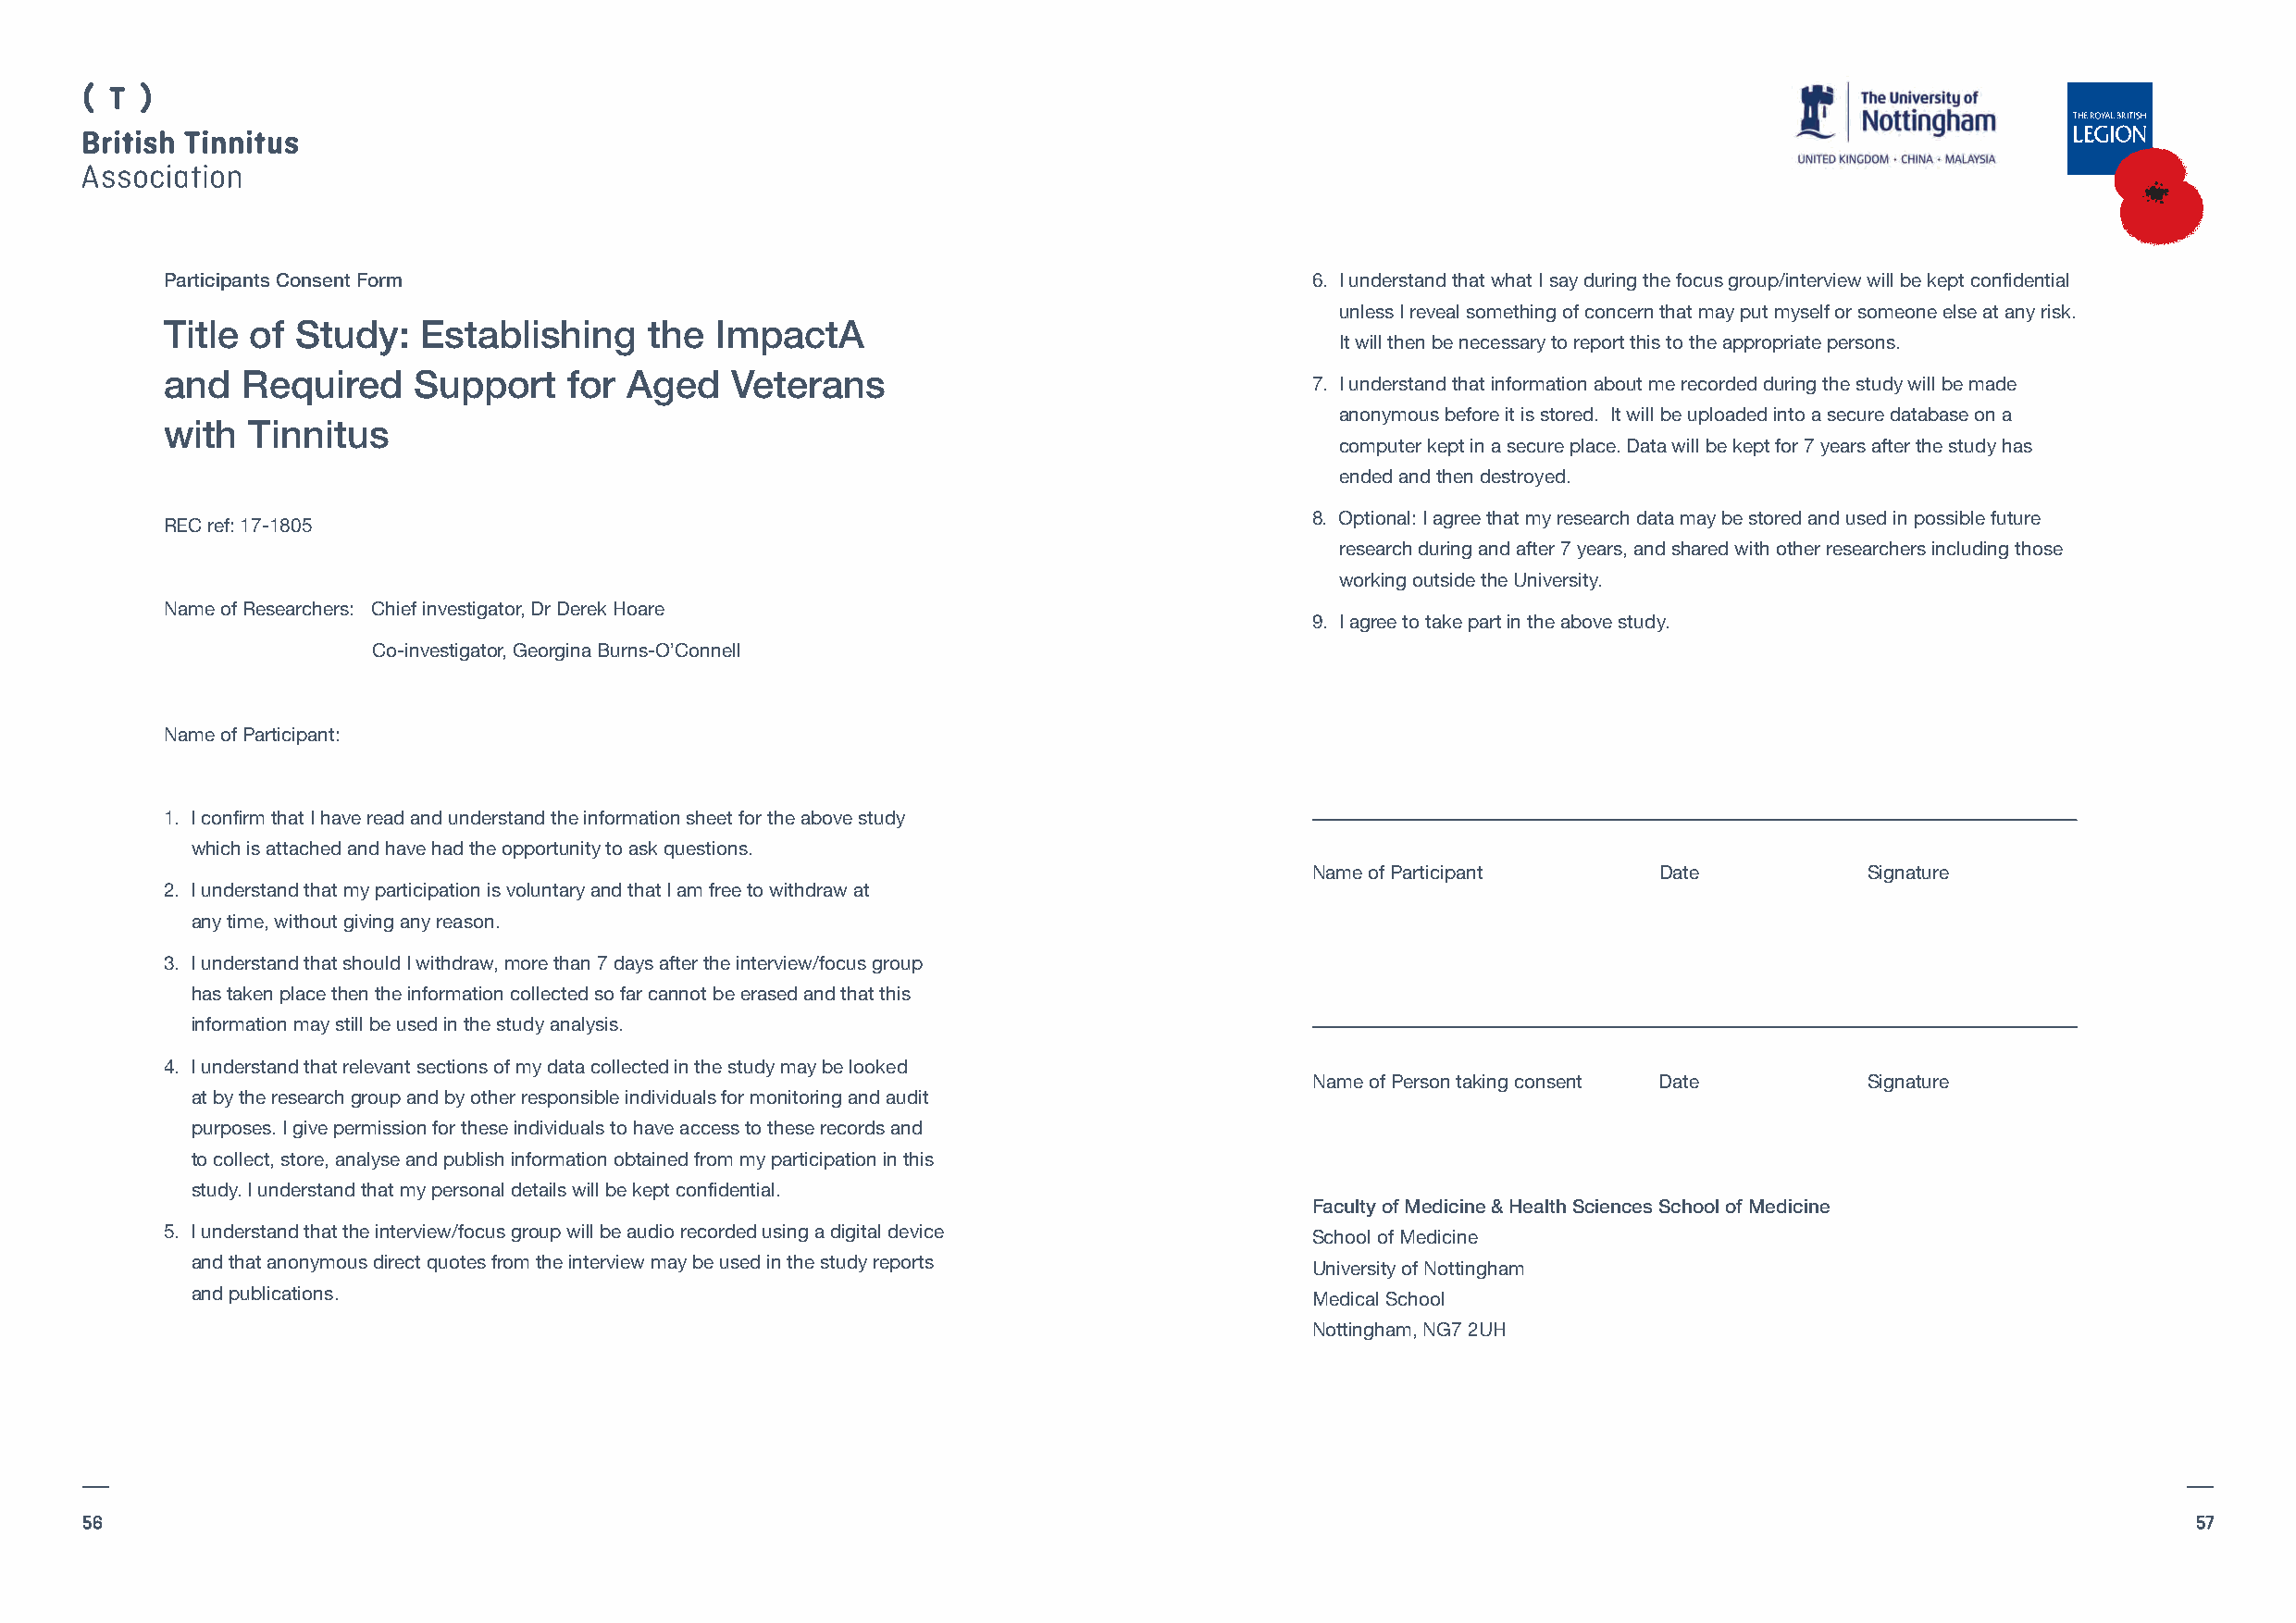
Participants Consent Form                                                         6. I understand that what I say during the focus group/interview will be kept confidential
 unless I reveal something of concern that may put myself or someone else at any risk.
 Title of Study:   Establishing    the  ImpactA
 It will then be necessary to report this to the appropriate persons.
 and  Required     Support    for Aged   Veterans
 7. I understand that information about me recorded during the study will be made
 anonymous before it is stored. It will be uploaded into a secure database on a
 with  Tinnitus
 computer kept in a secure place. Data will be kept for 7 years after the study has
 ended and then destroyed.
 8. Optional: I agree that my research data may be stored and used in possible future
 REC ref: 17-1805
 research during and after 7 years, and shared with other researchers including those
 working outside the University.
 Name of Researchers: Chief investigator, Dr Derek Hoare
 9. I agree to take part in the above study.
 Co-investigator, Georgina Burns-O’Connell
 Name of Participant:
 1. I confirm that I have read and understand the information sheet for the above study
 which is attached and have had the opportunity to ask questions.
 Name of Participant      Date           Signature
 2. I understand that my participation is voluntary and that I am free to withdraw at
 any time, without giving any reason.
 3. I understand that should I withdraw, more than 7 days after the interview/focus group
 has taken place then the information collected so far cannot be erased and that this
 information may still be used in the study analysis.
 4. I understand that relevant sections of my data collected in the study may be looked
 Name of Person taking consent Date      Signature
 at by the research group and by other responsible individuals for monitoring and audit
 purposes. I give permission for these individuals to have access to these records and
 to collect, store, analyse and publish information obtained from my participation in this
 study. I understand that my personal details will be kept confidential.
 Faculty of Medicine & Health Sciences School of Medicine
 5. I understand that the interview/focus group will be audio recorded using a digital device
 School of Medicine
 and that anonymous direct quotes from the interview may be used in the study reports
 University of Nottingham
 and publications.
 Medical School
 Nottingham, NG7 2UH
 56                                                                                                                                                     57